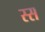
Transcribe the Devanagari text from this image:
स्स